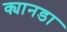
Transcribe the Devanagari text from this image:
क्यानडा